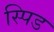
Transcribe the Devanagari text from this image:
स्पिड